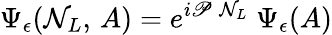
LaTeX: \Psi_{\epsilon}(\mathcal{N}_{L},\, A)=e^{{i}\mathscr{P}\; \mathcal{N}_{L}}\; \Psi_{\epsilon}(A)